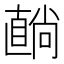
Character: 𥊢